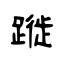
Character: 蹝